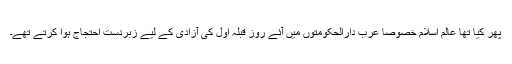
پھر کیا تھا عالم اسلام خصوصا عرب دارالحکومتوں میں آئے روز قبلہ اول کی آزادی کے لیے زبردست احتجاج ہوا کرتے تھے۔